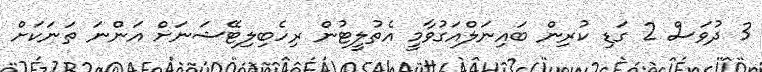
3 ދުވަސް 2 ގަޑި ކުރިން ބައިނަލްއަގުވާމީ އެތުލީޓުން ރިހެބިލިޓޭޝަނަށް އަންނަ ތަނަކަށް